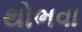
થોભવા